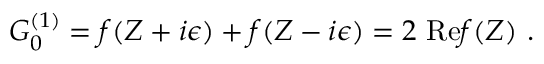
G _ { 0 } ^ { ( 1 ) } = f ( Z + i \epsilon ) + f ( Z - i \epsilon ) = 2 ~ \mathrm { R e } f ( Z ) ~ .